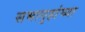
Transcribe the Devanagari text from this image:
सभागृहांच्या